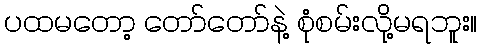
ပထမတော့ တော်တော်နဲ့ စုံစမ်းလို့မရဘူး။